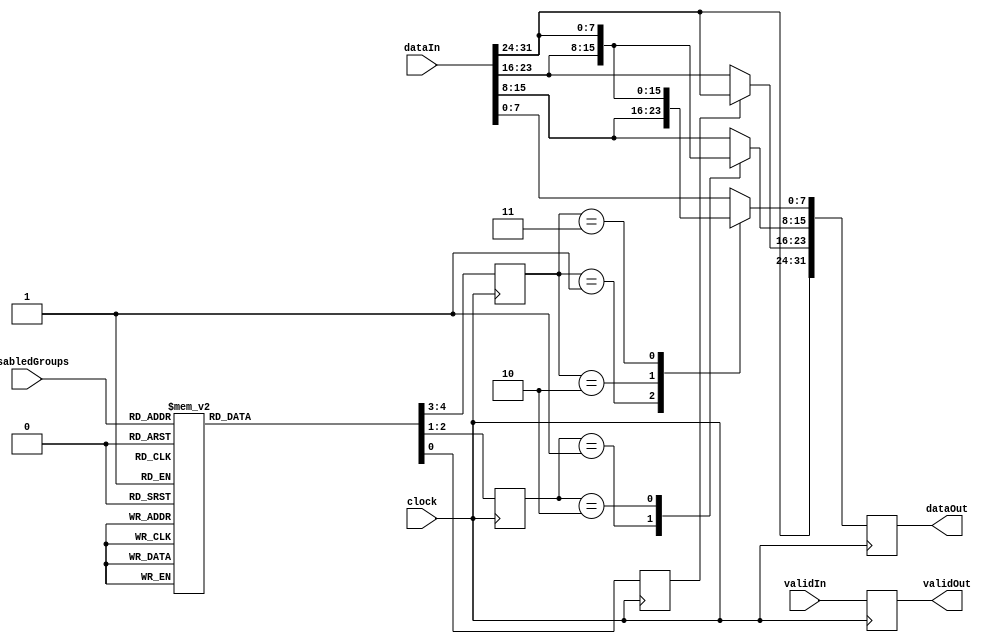
module data_align_1(
  clock, disabledGroups, 
  validIn, dataIn, 
  validOut, dataOut);
input clock;
input [3:0] disabledGroups;
input validIn;
input [31:0] dataIn;
output validOut;
output [31:0] dataOut;
reg [1:0] insel0, next_insel0;
reg [1:0] insel1, next_insel1;
reg insel2, next_insel2;
reg [31:0] dataOut, next_dataOut;
reg validOut, next_validOut;
always @ (posedge clock)
begin
  dataOut = next_dataOut;
  validOut = next_validOut;
end
always @*
begin
  #1;
  next_dataOut = dataIn;
  next_validOut = validIn;
  case (insel0[1:0])
    2'h1 : next_dataOut[7:0] = dataIn[15:8];
    2'h2 : next_dataOut[7:0] = dataIn[23:16];
    2'h3 : next_dataOut[7:0] = dataIn[31:24];
  endcase
  case (insel1[1:0])
    2'h1 : next_dataOut[15:8] = dataIn[23:16];
    2'h2 : next_dataOut[15:8] = dataIn[31:24];
  endcase
  case (insel2)
    1'b1 : next_dataOut[23:16] = dataIn[31:24];
  endcase
end
always @(posedge clock) 
begin
  insel0 = next_insel0;
  insel1 = next_insel1;
  insel2 = next_insel2;
end
always @*
begin
  #1;
  next_insel0 = 2'h0;
  next_insel1 = 2'h0;
  next_insel2 = 1'b0;
  case (disabledGroups)
    4'b0001 : begin next_insel2 = 1'b1; next_insel1=2'h1; next_insel0=2'h1; end
    4'b0010 : begin next_insel2 = 1'b1; next_insel1=2'h1; end
    4'b0100 : begin next_insel2 = 1'b1; end
    4'b0011 : begin next_insel1=2'h2; next_insel0=2'h2; end
    4'b0101 : begin next_insel1=2'h2; next_insel0=2'h1; end
    4'b1001 : begin next_insel1=2'h1; next_insel0=2'h1; end
    4'b0110 : begin next_insel1=2'h2; end
    4'b1010 : begin next_insel1=2'h1; end
    4'b1100 : begin next_insel1=2'h0; end
    4'b0111 : next_insel0 = 2'h3;
    4'b1011 : next_insel0 = 2'h2;
    4'b1101 : next_insel0 = 2'h1;
  endcase
end
endmodule